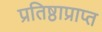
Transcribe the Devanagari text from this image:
प्रतिष्ठाप्राप्त